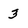
Character: 3